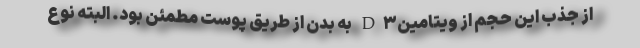
از جذب این حجم از ویتامینD۳ به بدن از طریق پوست مطمئن بود. البته نوع